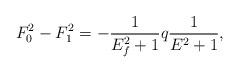
LaTeX: \begin{align*}F_0^2-F_1^2 = -\frac{1}{E^2_f +1} q\frac{1}{E^2 +1} ,\end{align*}